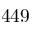
4 4 9